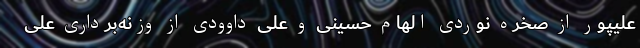
علیپور از صخره نوردی الهام حسینی و علی داوودی از وزنه‌برداری علی